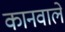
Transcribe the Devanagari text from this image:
कानवाले